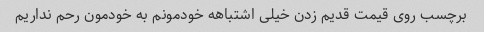
برچسب روی قیمت قدیم زدن خیلی اشتباهه خودمونم به خودمون رحم نداریم